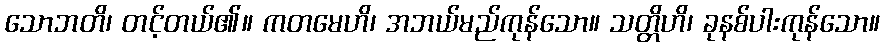
သောဘတိ၊ တင့်တယ်၏။ ကတမေဟိ၊ အဘယ်မည်ကုန်သော။ သတ္တိဟိ၊ ခုနစ်ပါးကုန်သော။